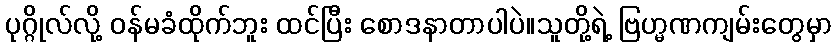
ပုဂ္ဂိုလ်လို့ ဝန်မခံထိုက်ဘူး ထင်ပြီး စောဒနာတာပါပဲ။သူတို့ရဲ့ ဗြဟ္မဏကျမ်းတွေမှာ